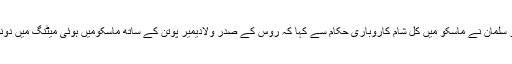
سعودی عرب کی سرکاری خبررساں ایجنسی کے مطابق مسٹر سلمان نے ماسکو میں کل شام کاروباری حکام سے کہا کہ روس کے صدر ولادیمیر پوتن کے ساتھ ماسکومیں ہوئی میٹنگ میں دونوں ممالک کے مابین تعلقات کو فروغ دینے پر اتفاق رائے ہوا۔